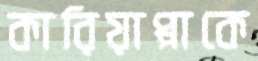
কারিয়াপ্পাকে